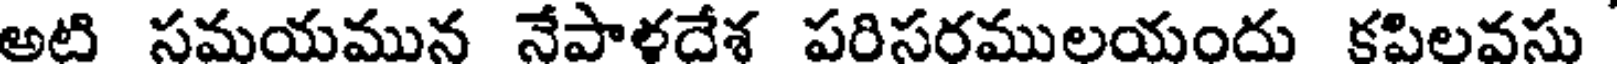
అటి సమయమున నేపాళదేశ పరిసరములయందు కపిలవసు